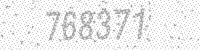
Solution: 768371